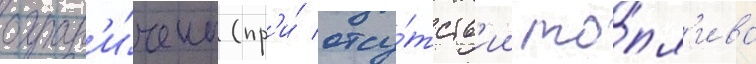
огран'и́чены (пр'и́ отсу́тств'ии то́пл'ива